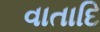
વાતાદિ